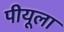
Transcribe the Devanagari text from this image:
पीयूला